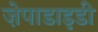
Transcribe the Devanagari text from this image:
ज़ेपाडाइडी